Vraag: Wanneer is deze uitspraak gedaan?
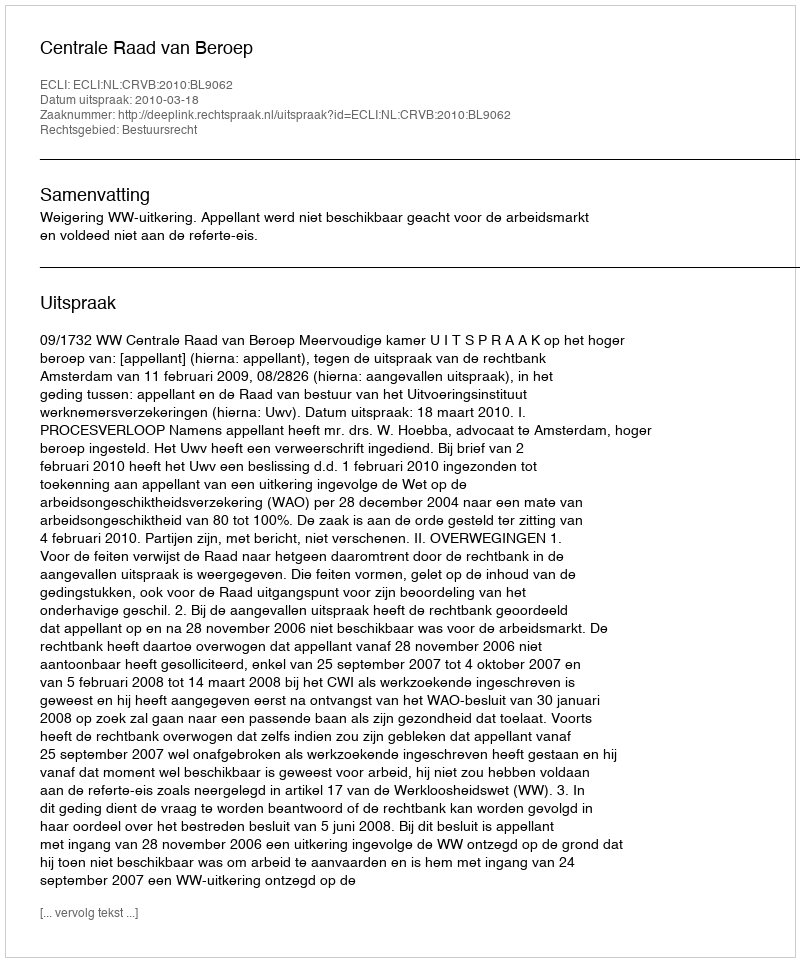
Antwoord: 2010-03-18